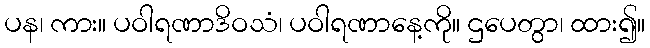
ပန၊ ကား။ ပဝါရဏာဒိဝသံ၊ ပဝါရဏာနေ့ကို။ ဌပေတွာ၊ ထား၍။